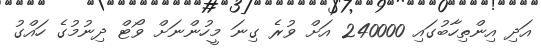
އަދި އިންތިހާބުގައި 240000 އަށް ވުރެ ގިނަ މީހުންނަށް ވޯޓް ދިނުމުގެ ހައްގު